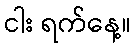
ငါး ရက်နေ့။